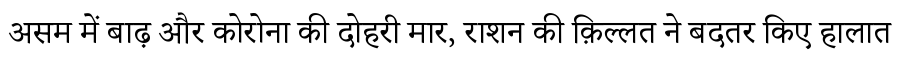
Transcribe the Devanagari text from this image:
असम में बाढ़ और कोरोना की दोहरी मार, राशन की क़िल्लत ने बदतर किए हालात